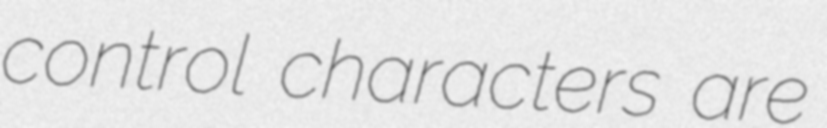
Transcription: control characters are